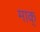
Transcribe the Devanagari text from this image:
माक्